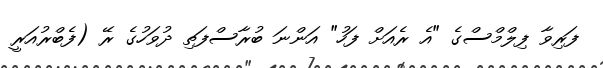
ފަރިވާ ފިލްމްސްގެ "އެ ރެއަށް ފަހު" އަންނަ ބުރާސްފަތި ދުވަހުގެ ރޭ (ފެބްރުއަރީ